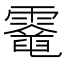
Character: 𩆈